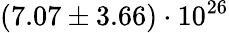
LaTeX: (7.07\pm 3.66)\cdot 10^{26}